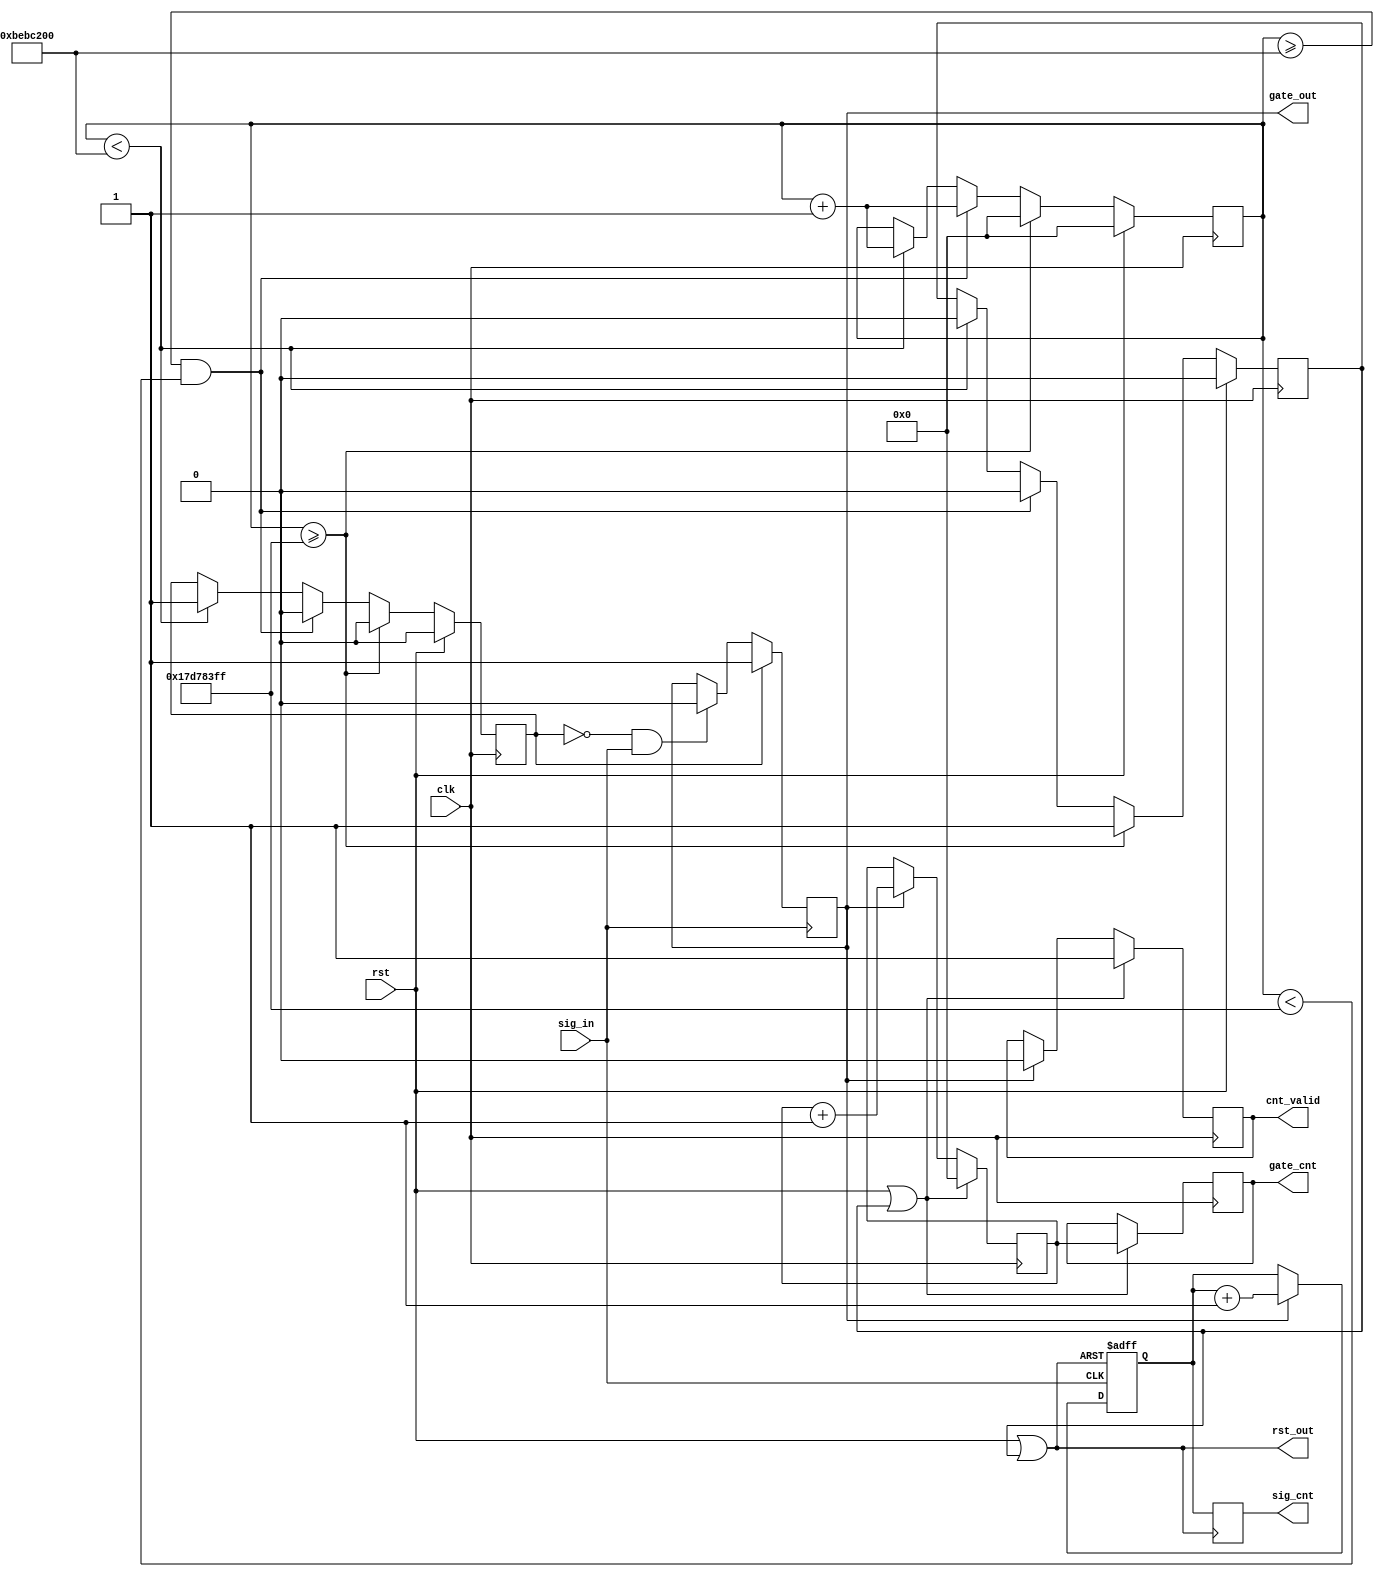
`define CNT_WIDTH 32
`define CLK_FRE 200000000
module measure_fre(
  input rst,
  input clk,
  input sig_in,
  output [`CNT_WIDTH-1:0] sig_cnt,
  output [`CNT_WIDTH-1:0] gate_cnt,
  output cnt_valid,
  output rst_out,
  output gate_out);


reg cnt_valid_r;
assign cnt_valid=cnt_valid_r;
//produce 2s CLK
`define GATE_2S 400000000
//produce 1s gate
`define GATE_1S `CLK_FRE

reg [`CNT_WIDTH-1:0] cnt_2s;
reg gate_1s;
reg pulse_2s;
always@(posedge clk)
begin
  if(rst)
  begin
    cnt_2s<={`CNT_WIDTH{1'b0}};
    gate_1s<=1'b0;
    pulse_2s<=1'b0;
  end
  else if(cnt_2s>=`GATE_2S-1)//clear
  begin
    cnt_2s<={`CNT_WIDTH{1'b0}};
    gate_1s<=1'b0;
    pulse_2s<=1'b1;
  end
  else if(cnt_2s>=`GATE_1S && cnt_2s<`GATE_2S-1)//++
  begin
    cnt_2s<=cnt_2s+1;
    gate_1s<=1'b0;
    pulse_2s<=1'b0;
  end
  else if(cnt_2s<`GATE_1S)//++
  begin
    cnt_2s<=cnt_2s+1;
    gate_1s<=1'b1;
    pulse_2s<=1'b0;
  end
end

wire rst_or;
assign rst_or=rst | pulse_2s;

//produce real_gate
reg real_gate;
always@(posedge sig_in)
begin
  if(gate_1s)
    real_gate<=1'b1;
  else if(!gate_1s && sig_in)
    real_gate<=1'b0;
end

reg [`CNT_WIDTH-1:0] std_gate_cnt_lock;
reg [`CNT_WIDTH-1:0] std_sig_cnt_lock;

//cnt real_gate
reg [`CNT_WIDTH-1:0] std_gate_cnt;
always@(posedge clk)
begin
  if(rst || pulse_2s)
  begin
    std_gate_cnt<={`CNT_WIDTH{1'b0}};
    std_gate_cnt_lock<=std_gate_cnt;
    cnt_valid_r<=1'b1;
  end
  else if(real_gate)
  begin
    std_gate_cnt<=std_gate_cnt+1;
    cnt_valid_r<=1'b0;
  end
end

//cnt sig_in
reg [`CNT_WIDTH-1:0] std_sig_cnt;

always@(posedge sig_in or posedge rst_or)
begin
  if(rst_or)
    std_sig_cnt<={`CNT_WIDTH{1'b0}};
  else if(real_gate)
    std_sig_cnt<=std_sig_cnt+1;
end

always@(posedge rst_or)
begin
  std_sig_cnt_lock<=std_sig_cnt;
end

//assign sig_cnt=std_sig_cnt;
//assign gate_cnt=std_gate_cnt;
assign sig_cnt=std_sig_cnt_lock;
assign gate_cnt=std_gate_cnt_lock;

//calculate sig fre
//do std_sig_cnt/std_gate_cnt*CLK_FRE
assign rst_out=rst_or;
assign gate_out=real_gate;

endmodule